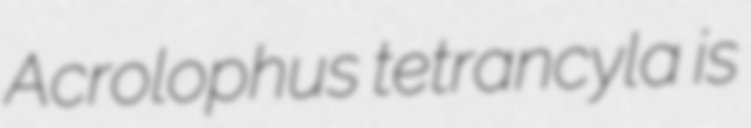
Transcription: Acrolophus tetrancyla is